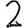
Digit: 2